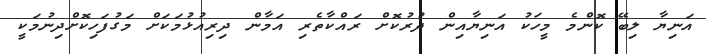
އަނިޔާ ލިބޭ ކޮންމެ މީހަކު އަނިޔާއިން ދުރުކޮށް ރައްކާތެރި އަމާން ދިރިއުޅުމަކަށް މަގުފަހިކޮށްދިނުމަކީ